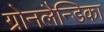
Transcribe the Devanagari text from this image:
ग्रोनलैन्डिका